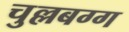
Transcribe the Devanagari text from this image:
चुल्लबग्ग